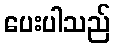
ပေးပါသည်